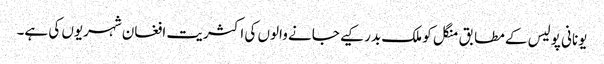
یونانی پولیس کے مطابق منگل کو ملک بدر کیے جانے والوں کی اکثریت افغان شہریوں کی ہے۔